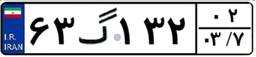
۶۳گ۱۳۲۰۲